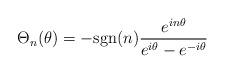
LaTeX: \begin{align*}{\Theta}_n(\theta ) = -\mbox{sgn}(n)\frac{e^{in{\theta}}}{e^{i{\theta}} - e^{-i{\theta}}}\end{align*}